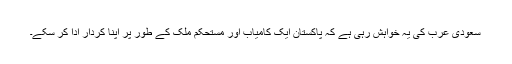
سعودی عرب کی یہ خواہش رہی ہے کہ پاکستان ایک کامیاب اور مستحکم ملک کے طور پر اپنا کردار ادا کر سکے۔